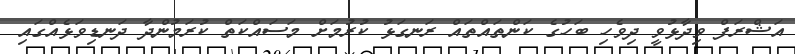
އަޝްރަފް ވިދާޅުވީ ދިވެހި ބަހުގެ ކަންތައްތައް ރަނގަޅު ކުރުމަށް މަސައްކަތް ކުރަމުންދާ ދަނޑިވަޅެއްގައި